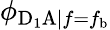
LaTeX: \phi_{\mathrm{D_{1}A}|f=f_{\mathrm{b}}}